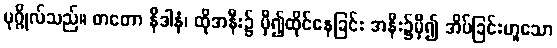
ပုဂ္ဂိုလ်သည်။ တတော နိဒါနံ၊ ထိုအနီး၌ မှီ၍ထိုင်နေခြင်း အနီး၌မှီ၍ အိပ်ခြင်းဟူသော